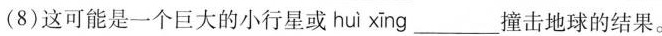
(8)这可能是一个巨大的小行星或 huì xīng___ 撞击地球的结果。